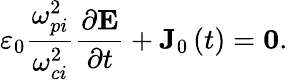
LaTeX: \varepsilon_{0}\frac{\omega_{pi}^{2}}{\omega_{ci}^{2}}\frac{\partial\mathbf{E}}{\partial t}+\mathbf{J}_{0}\left(t\right)=\mathbf{0}.